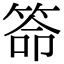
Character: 𥮡